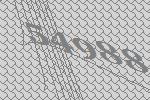
54988